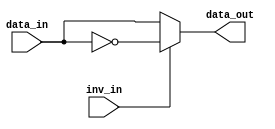
// : 5CEFA7F31C7N

// 
//
// data_in: 4
// inv_in:  0 - 
//          1 - ()
// data_out: 4
module w_gen(input [3:0]  data_in,
	     input 	  inv_in,
	     output [3:0] data_out);
   assign data_out = inv_in ? ~data_in : data_in;
endmodule

// 4 x 16 
//  8 
module add4_16(input [3:0]  data0x,
	       input [3:0]  data1x,
	       input [3:0]  data2x,
	       input [3:0]  data3x,
	       input [3:0]  data4x,
	       input [3:0]  data5x,
	       input [3:0]  data6x,
	       input [3:0]  data7x,
	       input [3:0]  data8x,
	       input [3:0]  data9x,
	       input [3:0]  data10x,
	       input [3:0]  data11x,
	       input [3:0]  data12x,
	       input [3:0]  data13x,
	       input [3:0]  data14x,
	       input [3:0]  data15x,
	       output [7:0] result);

   wire [7:0] in0 = {{4{data0x[3] }}, data0x};
   wire [7:0] in1 = {{4{data1x[3] }}, data1x};
   wire [7:0] in2 = {{4{data2x[3] }}, data2x};
   wire [7:0] in3 = {{4{data3x[3] }}, data3x};
   wire [7:0] in4 = {{4{data4x[3] }}, data4x};
   wire [7:0] in5 = {{4{data5x[3] }}, data5x};
   wire [7:0] in6 = {{4{data6x[3] }}, data6x};
   wire [7:0] in7 = {{4{data7x[3] }}, data7x};
   wire [7:0] in8 = {{4{data8x[3] }}, data8x};
   wire [7:0] in9 = {{4{data9x[3] }}, data9x};
   wire [7:0] in10 = {{4{data10x[3] }}, data10x};
   wire [7:0] in11 = {{4{data11x[3] }}, data11x};
   wire [7:0] in12 = {{4{data12x[3] }}, data12x};
   wire [7:0] in13 = {{4{data13x[3] }}, data13x};
   wire [7:0] in14 = {{4{data14x[3] }}, data14x};
   wire [7:0] in15 = {{4{data15x[3] }}, data15x};

   assign result = in0 + in1 + in2 + in3 + in4 + in5 + in6 + in7 +
		   in8 + in9 + in10 + in11 + in12 + in13 + in14 + in15;

endmodule // add4_16

// affine2 1
// dataX_in: X
// invX_in:  X
// data_out: 
module affine2_op1(input [3:0]  data0_in,
		   input 	inv0_in,
		   input [3:0] 	data1_in,
		   input 	inv1_in,
		   input [3:0] 	data2_in,
		   input 	inv2_in,
		   input [3:0] 	data3_in,
		   input 	inv3_in,
		   input [3:0] 	data4_in,
		   input 	inv4_in,
		   input [3:0] 	data5_in,
		   input 	inv5_in,
		   input [3:0] 	data6_in,
		   input 	inv6_in,
		   input [3:0] 	data7_in,
		   input 	inv7_in,
		   input [3:0] 	data8_in,
		   input 	inv8_in,
		   input [3:0] 	data9_in,
		   input 	inv9_in,
		   input [3:0] 	data10_in,
		   input 	inv10_in,
		   input [3:0] 	data11_in,
		   input 	inv11_in,
		   input [3:0] 	data12_in,
		   input 	inv12_in,
		   input [3:0] 	data13_in,
		   input 	inv13_in,
		   input [3:0] 	data14_in,
		   input 	inv14_in,
		   input [3:0] 	data15_in,
		   input 	inv15_in,
		   input [3:0] 	data16_in,
		   input 	inv16_in,
		   input [3:0] 	data17_in,
		   input 	inv17_in,
		   input [3:0] 	data18_in,
		   input 	inv18_in,
		   input [3:0] 	data19_in,
		   input 	inv19_in,
		   input [3:0] 	data20_in,
		   input 	inv20_in,
		   input [3:0] 	data21_in,
		   input 	inv21_in,
		   input [3:0] 	data22_in,
		   input 	inv22_in,
		   input [3:0] 	data23_in,
		   input 	inv23_in,
		   input [3:0] 	data24_in,
		   input 	inv24_in,
		   input [3:0] 	data25_in,
		   input 	inv25_in,
		   input [3:0] 	data26_in,
		   input 	inv26_in,
		   input [3:0] 	data27_in,
		   input 	inv27_in,
		   input [3:0] 	data28_in,
		   input 	inv28_in,
		   input [3:0] 	data29_in,
		   input 	inv29_in,
		   input [3:0] 	data30_in,
		   input 	inv30_in,
		   input [3:0] 	data31_in,
		   input 	inv31_in,
		   output [8:0] data_out);

   wire [3:0] 		 tmp_in0;
   wire [3:0] 		 tmp_in1;
   wire [3:0] 		 tmp_in2;
   wire [3:0] 		 tmp_in3;
   wire [3:0] 		 tmp_in4;
   wire [3:0] 		 tmp_in5;
   wire [3:0] 		 tmp_in6;
   wire [3:0] 		 tmp_in7;
   wire [3:0] 		 tmp_in8;
   wire [3:0] 		 tmp_in9;
   wire [3:0] 		 tmp_in10;
   wire [3:0] 		 tmp_in11;
   wire [3:0] 		 tmp_in12;
   wire [3:0] 		 tmp_in13;
   wire [3:0] 		 tmp_in14;
   wire [3:0] 		 tmp_in15;
   wire [3:0] 		 tmp_in16;
   wire [3:0] 		 tmp_in17;
   wire [3:0] 		 tmp_in18;
   wire [3:0] 		 tmp_in19;
   wire [3:0] 		 tmp_in20;
   wire [3:0] 		 tmp_in21;
   wire [3:0] 		 tmp_in22;
   wire [3:0] 		 tmp_in23;
   wire [3:0] 		 tmp_in24;
   wire [3:0] 		 tmp_in25;
   wire [3:0] 		 tmp_in26;
   wire [3:0] 		 tmp_in27;
   wire [3:0] 		 tmp_in28;
   wire [3:0] 		 tmp_in29;
   wire [3:0] 		 tmp_in30;
   wire [3:0] 		 tmp_in31;

   w_gen w0(.data_in(data0_in), .inv_in(inv0_in), .data_out(tmp_in0));
   w_gen w1(.data_in(data1_in), .inv_in(inv1_in), .data_out(tmp_in1));
   w_gen w2(.data_in(data2_in), .inv_in(inv2_in), .data_out(tmp_in2));
   w_gen w3(.data_in(data3_in), .inv_in(inv3_in), .data_out(tmp_in3));
   w_gen w4(.data_in(data4_in), .inv_in(inv4_in), .data_out(tmp_in4));
   w_gen w5(.data_in(data5_in), .inv_in(inv5_in), .data_out(tmp_in5));
   w_gen w6(.data_in(data6_in), .inv_in(inv6_in), .data_out(tmp_in6));
   w_gen w7(.data_in(data7_in), .inv_in(inv7_in), .data_out(tmp_in7));
   w_gen w8(.data_in(data8_in), .inv_in(inv8_in), .data_out(tmp_in8));
   w_gen w9(.data_in(data9_in), .inv_in(inv9_in), .data_out(tmp_in9));
   w_gen w10(.data_in(data10_in), .inv_in(inv10_in), .data_out(tmp_in10));
   w_gen w11(.data_in(data11_in), .inv_in(inv11_in), .data_out(tmp_in11));
   w_gen w12(.data_in(data12_in), .inv_in(inv12_in), .data_out(tmp_in12));
   w_gen w13(.data_in(data13_in), .inv_in(inv13_in), .data_out(tmp_in13));
   w_gen w14(.data_in(data14_in), .inv_in(inv14_in), .data_out(tmp_in14));
   w_gen w15(.data_in(data15_in), .inv_in(inv15_in), .data_out(tmp_in15));
   w_gen w16(.data_in(data16_in), .inv_in(inv16_in), .data_out(tmp_in16));
   w_gen w17(.data_in(data17_in), .inv_in(inv17_in), .data_out(tmp_in17));
   w_gen w18(.data_in(data18_in), .inv_in(inv18_in), .data_out(tmp_in18));
   w_gen w19(.data_in(data19_in), .inv_in(inv19_in), .data_out(tmp_in19));
   w_gen w20(.data_in(data20_in), .inv_in(inv20_in), .data_out(tmp_in20));
   w_gen w21(.data_in(data21_in), .inv_in(inv21_in), .data_out(tmp_in21));
   w_gen w22(.data_in(data22_in), .inv_in(inv22_in), .data_out(tmp_in22));
   w_gen w23(.data_in(data23_in), .inv_in(inv23_in), .data_out(tmp_in23));
   w_gen w24(.data_in(data24_in), .inv_in(inv24_in), .data_out(tmp_in24));
   w_gen w25(.data_in(data25_in), .inv_in(inv25_in), .data_out(tmp_in25));
   w_gen w26(.data_in(data26_in), .inv_in(inv26_in), .data_out(tmp_in26));
   w_gen w27(.data_in(data27_in), .inv_in(inv27_in), .data_out(tmp_in27));
   w_gen w28(.data_in(data28_in), .inv_in(inv28_in), .data_out(tmp_in28));
   w_gen w29(.data_in(data29_in), .inv_in(inv29_in), .data_out(tmp_in29));
   w_gen w30(.data_in(data30_in), .inv_in(inv30_in), .data_out(tmp_in30));
   w_gen w31(.data_in(data31_in), .inv_in(inv31_in), .data_out(tmp_in31));

   wire [8:0] 		 tmp_out1;
   add4_16 add1(.data0x(tmp_in0),
		.data1x(tmp_in1),
		.data2x(tmp_in2),
		.data3x(tmp_in3),
		.data4x(tmp_in4),
		.data5x(tmp_in5),
		.data6x(tmp_in6),
		.data7x(tmp_in7),
		.data8x(tmp_in8),
		.data9x(tmp_in9),
		.data10x(tmp_in10),
		.data11x(tmp_in11),
		.data12x(tmp_in12),
		.data13x(tmp_in13),
		.data14x(tmp_in14),
		.data15x(tmp_in15),
		.result(tmp_out1[7:0]));
   // 
   assign tmp_out1[8] = tmp_out1[7];

   wire [8:0] 		 tmp_out2;
   add4_16 add2(.data0x(tmp_in16),
		.data1x(tmp_in17),
		.data2x(tmp_in18),
		.data3x(tmp_in19),
		.data4x(tmp_in20),
		.data5x(tmp_in21),
		.data6x(tmp_in22),
		.data7x(tmp_in23),
		.data8x(tmp_in24),
		.data9x(tmp_in25),
		.data10x(tmp_in26),
		.data11x(tmp_in27),
		.data12x(tmp_in28),
		.data13x(tmp_in29),
		.data14x(tmp_in30),
		.data15x(tmp_in31),
		.result(tmp_out2[7:0]));
   // 
   assign tmp_out2[8] = tmp_out2[7];

   assign data_out = tmp_out1 + tmp_out2;

endmodule